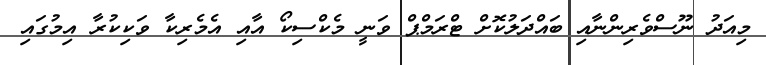
މިއަދު ނޫސްވެރިންނާއި ބައްދަލުކޮށް ޓްރަމްޕް ވަނީ މެކްސިކޯ އާއި އެމެރިކާ ވަކިކުރާ އިމުގައި